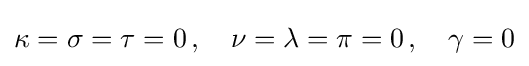
\kappa =\sigma =\tau =0\,,\quad \nu =\lambda =\pi =0\,,\quad \gamma =0